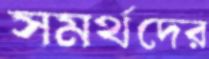
সমর্থদের